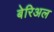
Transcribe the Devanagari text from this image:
बेरिअल